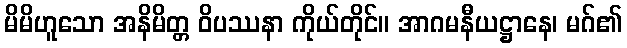
မိမိဟူသော အနိမိတ္တ ဝိပဿနာ ကိုယ်တိုင်။ အာဂမနီယဋ္ဌာနေ၊ မဂ်၏